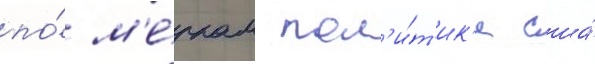
по́ м'е́ркам пол'и́т'ик'и сша́